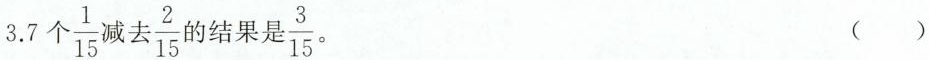
3.7个 \frac{1}{15}减去\frac{2}{15}的结果是 \frac{3}{15}。 ()